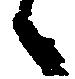
々